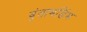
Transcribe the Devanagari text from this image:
वृंताभडिंभ